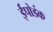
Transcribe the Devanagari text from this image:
ईपोडंक